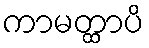
ကာမတ္ထာပိ